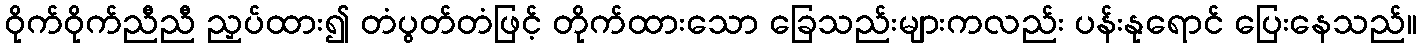
ဝိုက်ဝိုက်ညီညီ ညှပ်ထား၍ တံပွတ်တံဖြင့် တိုက်ထားသော ခြေသည်းများကလည်း ပန်းနုရောင် ပြေးနေသည်။